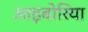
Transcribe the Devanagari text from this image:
आइबोरिया